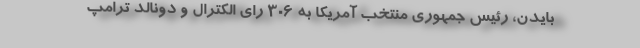
بایدن، رئیس جمهوری منتخب آمریکا به ۳۰۶ رای الکترال و دونالد ترامپ